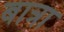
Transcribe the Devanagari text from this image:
बात्रा